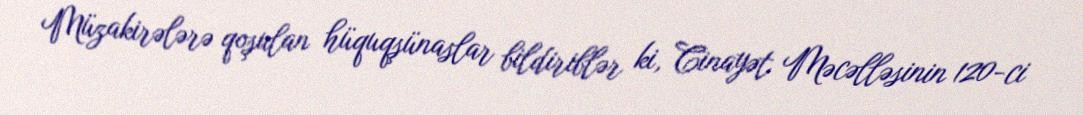
Müzakirələrə qoşulan hüquqşünaslar bildiriblər ki, Cinayət Məcəlləsinin 120-ci